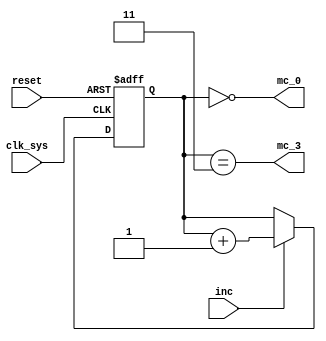
// Premodification counter

module mc(
	input clk_sys,
	input inc,
	input reset,
	output mc_3,
	output mc_0
);

	reg [1:0] mc;

	always @ (posedge clk_sys, posedge reset) begin
		if (reset) mc <= 2'd0;
		else if (inc) mc <= mc + 1'b1;
	end

	assign mc_3 = (mc == 3);
	assign mc_0 = (mc == 0);

endmodule

// vim: tabstop=2 shiftwidth=2 autoindent noexpandtab